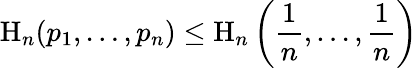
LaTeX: \mathrm{H}_{n}(p_{1},\ldots,p_{n})\leq\mathrm{H}_{n}\left({\frac{1}{n}},\ldots,{\frac{1}{n}}\right)